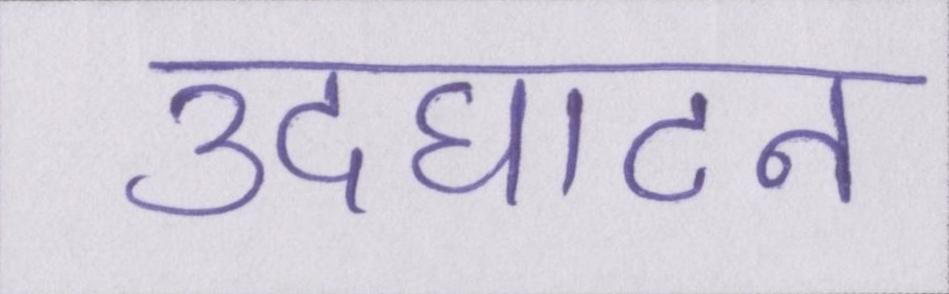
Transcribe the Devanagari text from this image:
उदघाटन